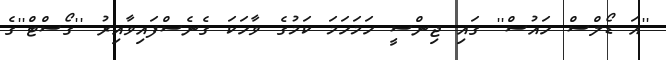
''އަ ޑޯލްސް ހައުސް'' ގައި ޖިންސީ ހަމަހަމަ ކަމުގެ ވާހަކަ ގެނެސްފައިވާއިރު ''ގޯސްޓް''ގެ